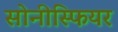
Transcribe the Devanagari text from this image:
सोनीस्फियर